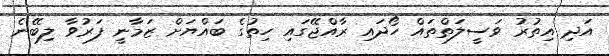
އަދި އިތުރު ވަސީލަތްތައް ހޯދައި ރާއްޖޭގައި ހިތުގެ ބައްޔަށް ޒަމާނީ ފަރުވާ ލިބޭނެ